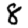
Digit: 8